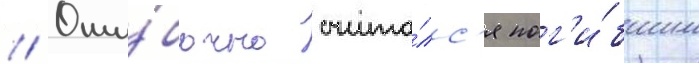
// Оши́бочно счита́лс'я пог'и́бшим